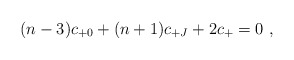
\begin{align*}(n-3) c_{+0} + (n+1) c_{+J} + 2 c_{+} = 0\ ,\end{align*}